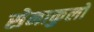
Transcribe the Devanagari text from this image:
सेनाकुलो